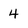
Character: 4